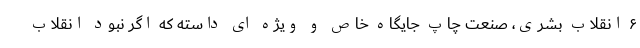
۶ انقلاب بشری، صنعت چاپ جایگاه خاص و ویژه ای داسته که اگر نبود انقلاب